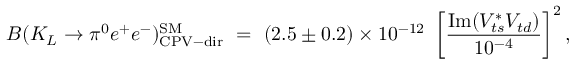
B ( K _ { L } \to \pi ^ { 0 } e ^ { + } e ^ { - } ) _ { \mathrm { C P V - d i r } } ^ { \mathrm { S M } } ~ = ~ ( 2 . 5 \pm 0 . 2 ) \times 1 0 ^ { - 1 2 } ~ \left[ \frac { \mathrm { I m } ( V _ { t s } ^ { * } V _ { t d } ) } { 1 0 ^ { - 4 } } \right] ^ { 2 } ,